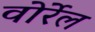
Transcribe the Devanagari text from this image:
वोर्रेल